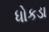
ધોકડા